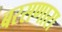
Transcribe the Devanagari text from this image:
बरसणारा